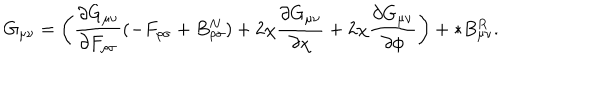
G _ { \mu \nu } = \left( \frac { \partial G _ { \mu \nu } } { \partial F _ { \rho \sigma } } ( - F _ { \rho \sigma } + B _ { \rho \sigma } ^ { N } ) + 2 \chi \frac { \partial G _ { \mu \nu } } { \partial \chi } + 2 \chi \frac { \partial G _ { \mu \nu } } { \partial \phi } \right) + * B _ { \mu \nu } ^ { R } .